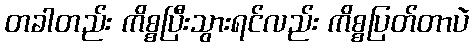
တခါတည်း ကိစ္စပြီးသွားရင်လည်း ကိစ္စပြတ်တာပဲ